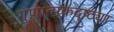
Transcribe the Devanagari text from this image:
गुणात्मकदृष्ट्या